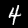
Label: 4